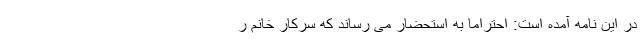
در این نامه آمده است: احتراماً به استحضار می رساند که سرکار خانم ر